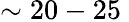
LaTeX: \sim 20-25\